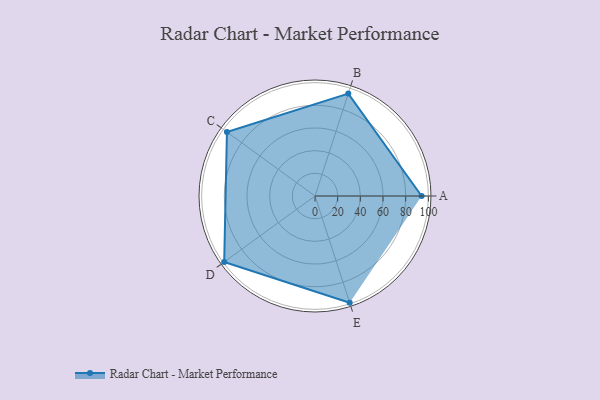
{"axis": {"x": "Skill", "y": "Score"}, "legend": ["Profile"], "data": [{"x": "A", "y": 94.0, "type": "Profile"}, {"x": "B", "y": 95.0, "type": "Profile"}, {"x": "C", "y": 96.0, "type": "Profile"}, {"x": "D", "y": 99, "type": "Profile"}, {"x": "E", "y": 99, "type": "Profile"}]}